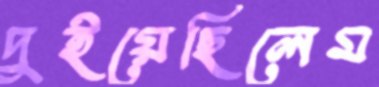
দুইয়েছিলেম